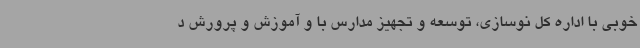
خوبی با اداره کل نوسازی، توسعه و تجهیز مدارس با و آموزش و پرورش د